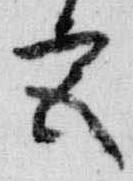
宮